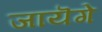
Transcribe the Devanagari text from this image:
जायॆगे